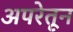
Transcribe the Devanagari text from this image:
अपरेतून